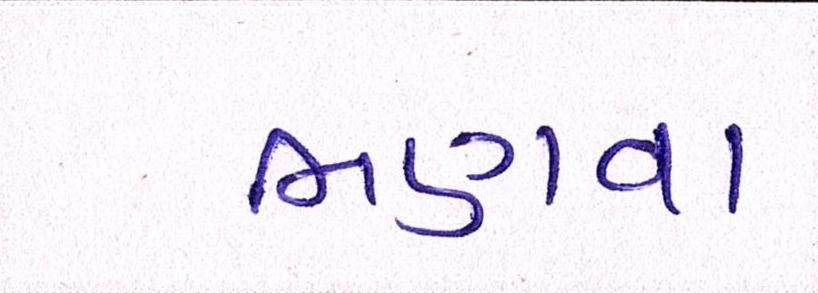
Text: ભણવા